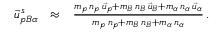
\begin{array} { r l r } { \vec { u } _ { p B \alpha } ^ { \, s } } & { \approx } & { \frac { m _ { p } \, n _ { p } \, \vec { u } _ { p } + m _ { B } \, n _ { B } \, \vec { u } _ { B } + m _ { \alpha } \, n _ { \alpha } \, \vec { u } _ { \alpha } } { m _ { p } \, n _ { p } + m _ { B } \, n _ { B } + m _ { \alpha } \, n _ { \alpha } } \, . } \end{array}